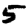
Digit: 5